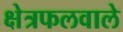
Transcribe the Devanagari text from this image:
क्षेत्रफलवाले